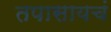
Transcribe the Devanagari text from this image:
तपासायचं